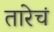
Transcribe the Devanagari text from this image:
तारेचं